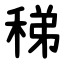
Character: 稊